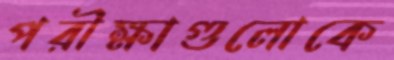
পরীক্ষাগুলোকে